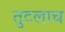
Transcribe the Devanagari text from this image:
तुटलाच